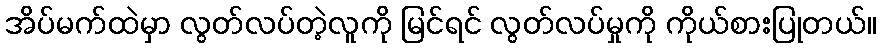
အိပ်မက်ထဲမှာ လွတ်လပ်တဲ့လူကို မြင်ရင် လွတ်လပ်မှုကို ကိုယ်စားပြုတယ်။